Vaccination report Assam 1874-1896 - 1874-1896
Year: 1874
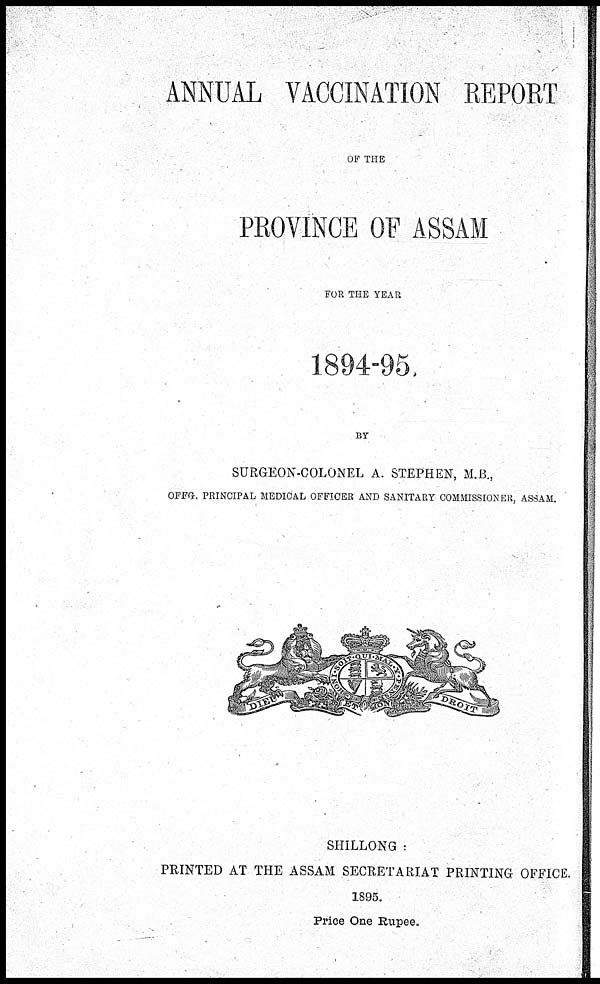
ANNUAL VACCINATION REPORT
OF THE
PROVINCE OF ASSAM
FOR THE YEAR
1894-95
BY
SURGEON-COLONEL A. STEPHEN, M.B.,
OFFG. PRINCIPAL MEDICAL OFFICER AND SANITARY COMMISSIONER, ASSAM.
SHILLONG :
PRINTED AT THE ASSAM SECRETARIAT PRINTING OFFICE.
1895.
Price One Rupee.